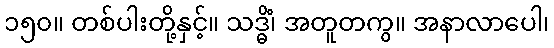
၁၅၀။ တစ်ပါးတို့နှင့်။ သဒ္ဓိံ၊ အတူတကွ။ အနာလာပေါ၊